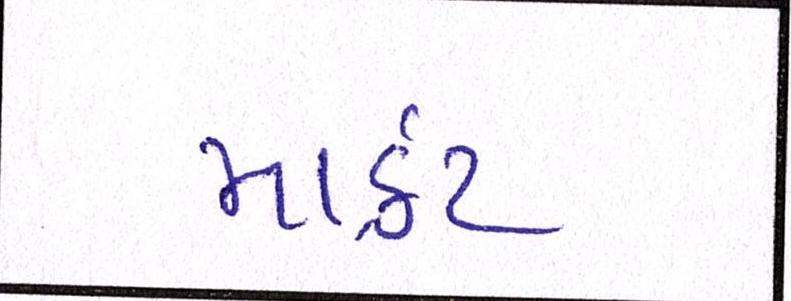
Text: માર્ક઼ટ